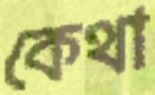
কেথা